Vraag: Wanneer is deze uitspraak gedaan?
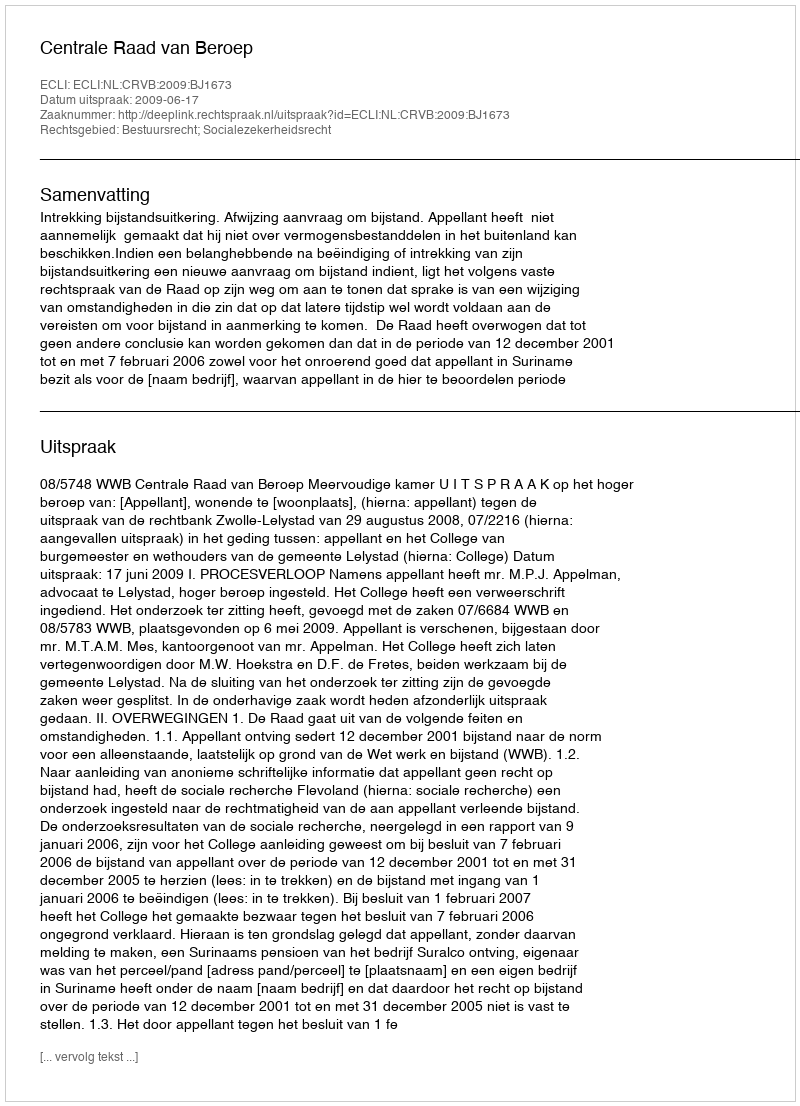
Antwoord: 2009-06-17